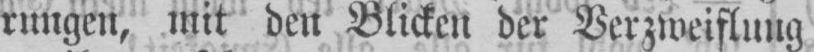
rungen, mit den Blicken der Verzweiflung